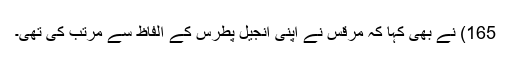
165) نے بھی کہا کہ مرقس نے اپنی انجیل پطرس کے الفاظ سے مرتب کی تھی۔